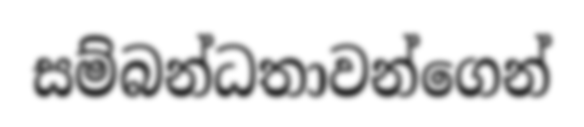
සම්බන්ධතාවන්ගෙන්